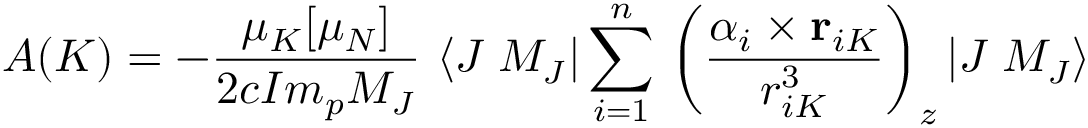
A ( K ) = - \frac { \mu _ { K } [ \mu _ { N } ] } { 2 c I m _ { p } M _ { J } } \, \left< J \; M _ { J } \right| \sum _ { i = 1 } ^ { n } \, \left( \frac { \boldsymbol { \alpha } _ { i } \times { \bf { r } } _ { i K } } { r _ { i K } ^ { 3 } } \right) _ { z } \left| J \; M _ { J } \right>